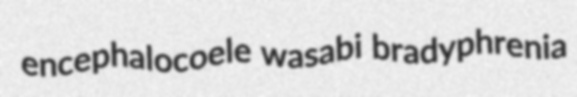
encephalocoele wasabi bradyphrenia